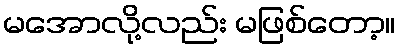
မအောလို့လည်း မဖြစ်တော့။